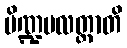
ပိဏ္ဍမလတ္ထာတိ